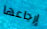
إرجاعها